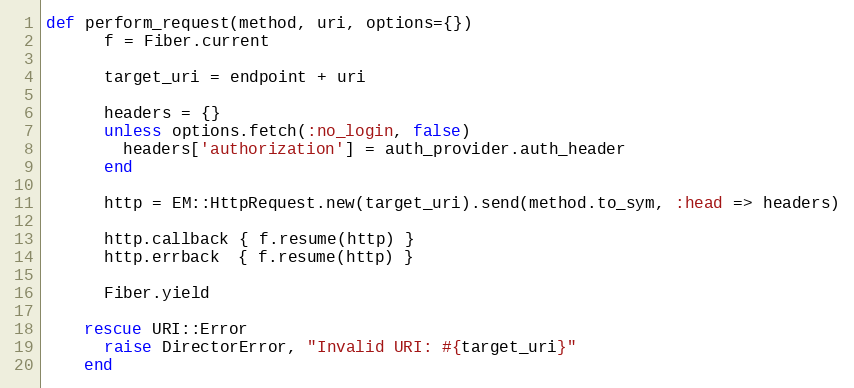
Language: Ruby
def perform_request(method, uri, options={})
      f = Fiber.current

      target_uri = endpoint + uri

      headers = {}
      unless options.fetch(:no_login, false)
        headers['authorization'] = auth_provider.auth_header
      end

      http = EM::HttpRequest.new(target_uri).send(method.to_sym, :head => headers)

      http.callback { f.resume(http) }
      http.errback  { f.resume(http) }

      Fiber.yield

    rescue URI::Error
      raise DirectorError, "Invalid URI: #{target_uri}"
    end